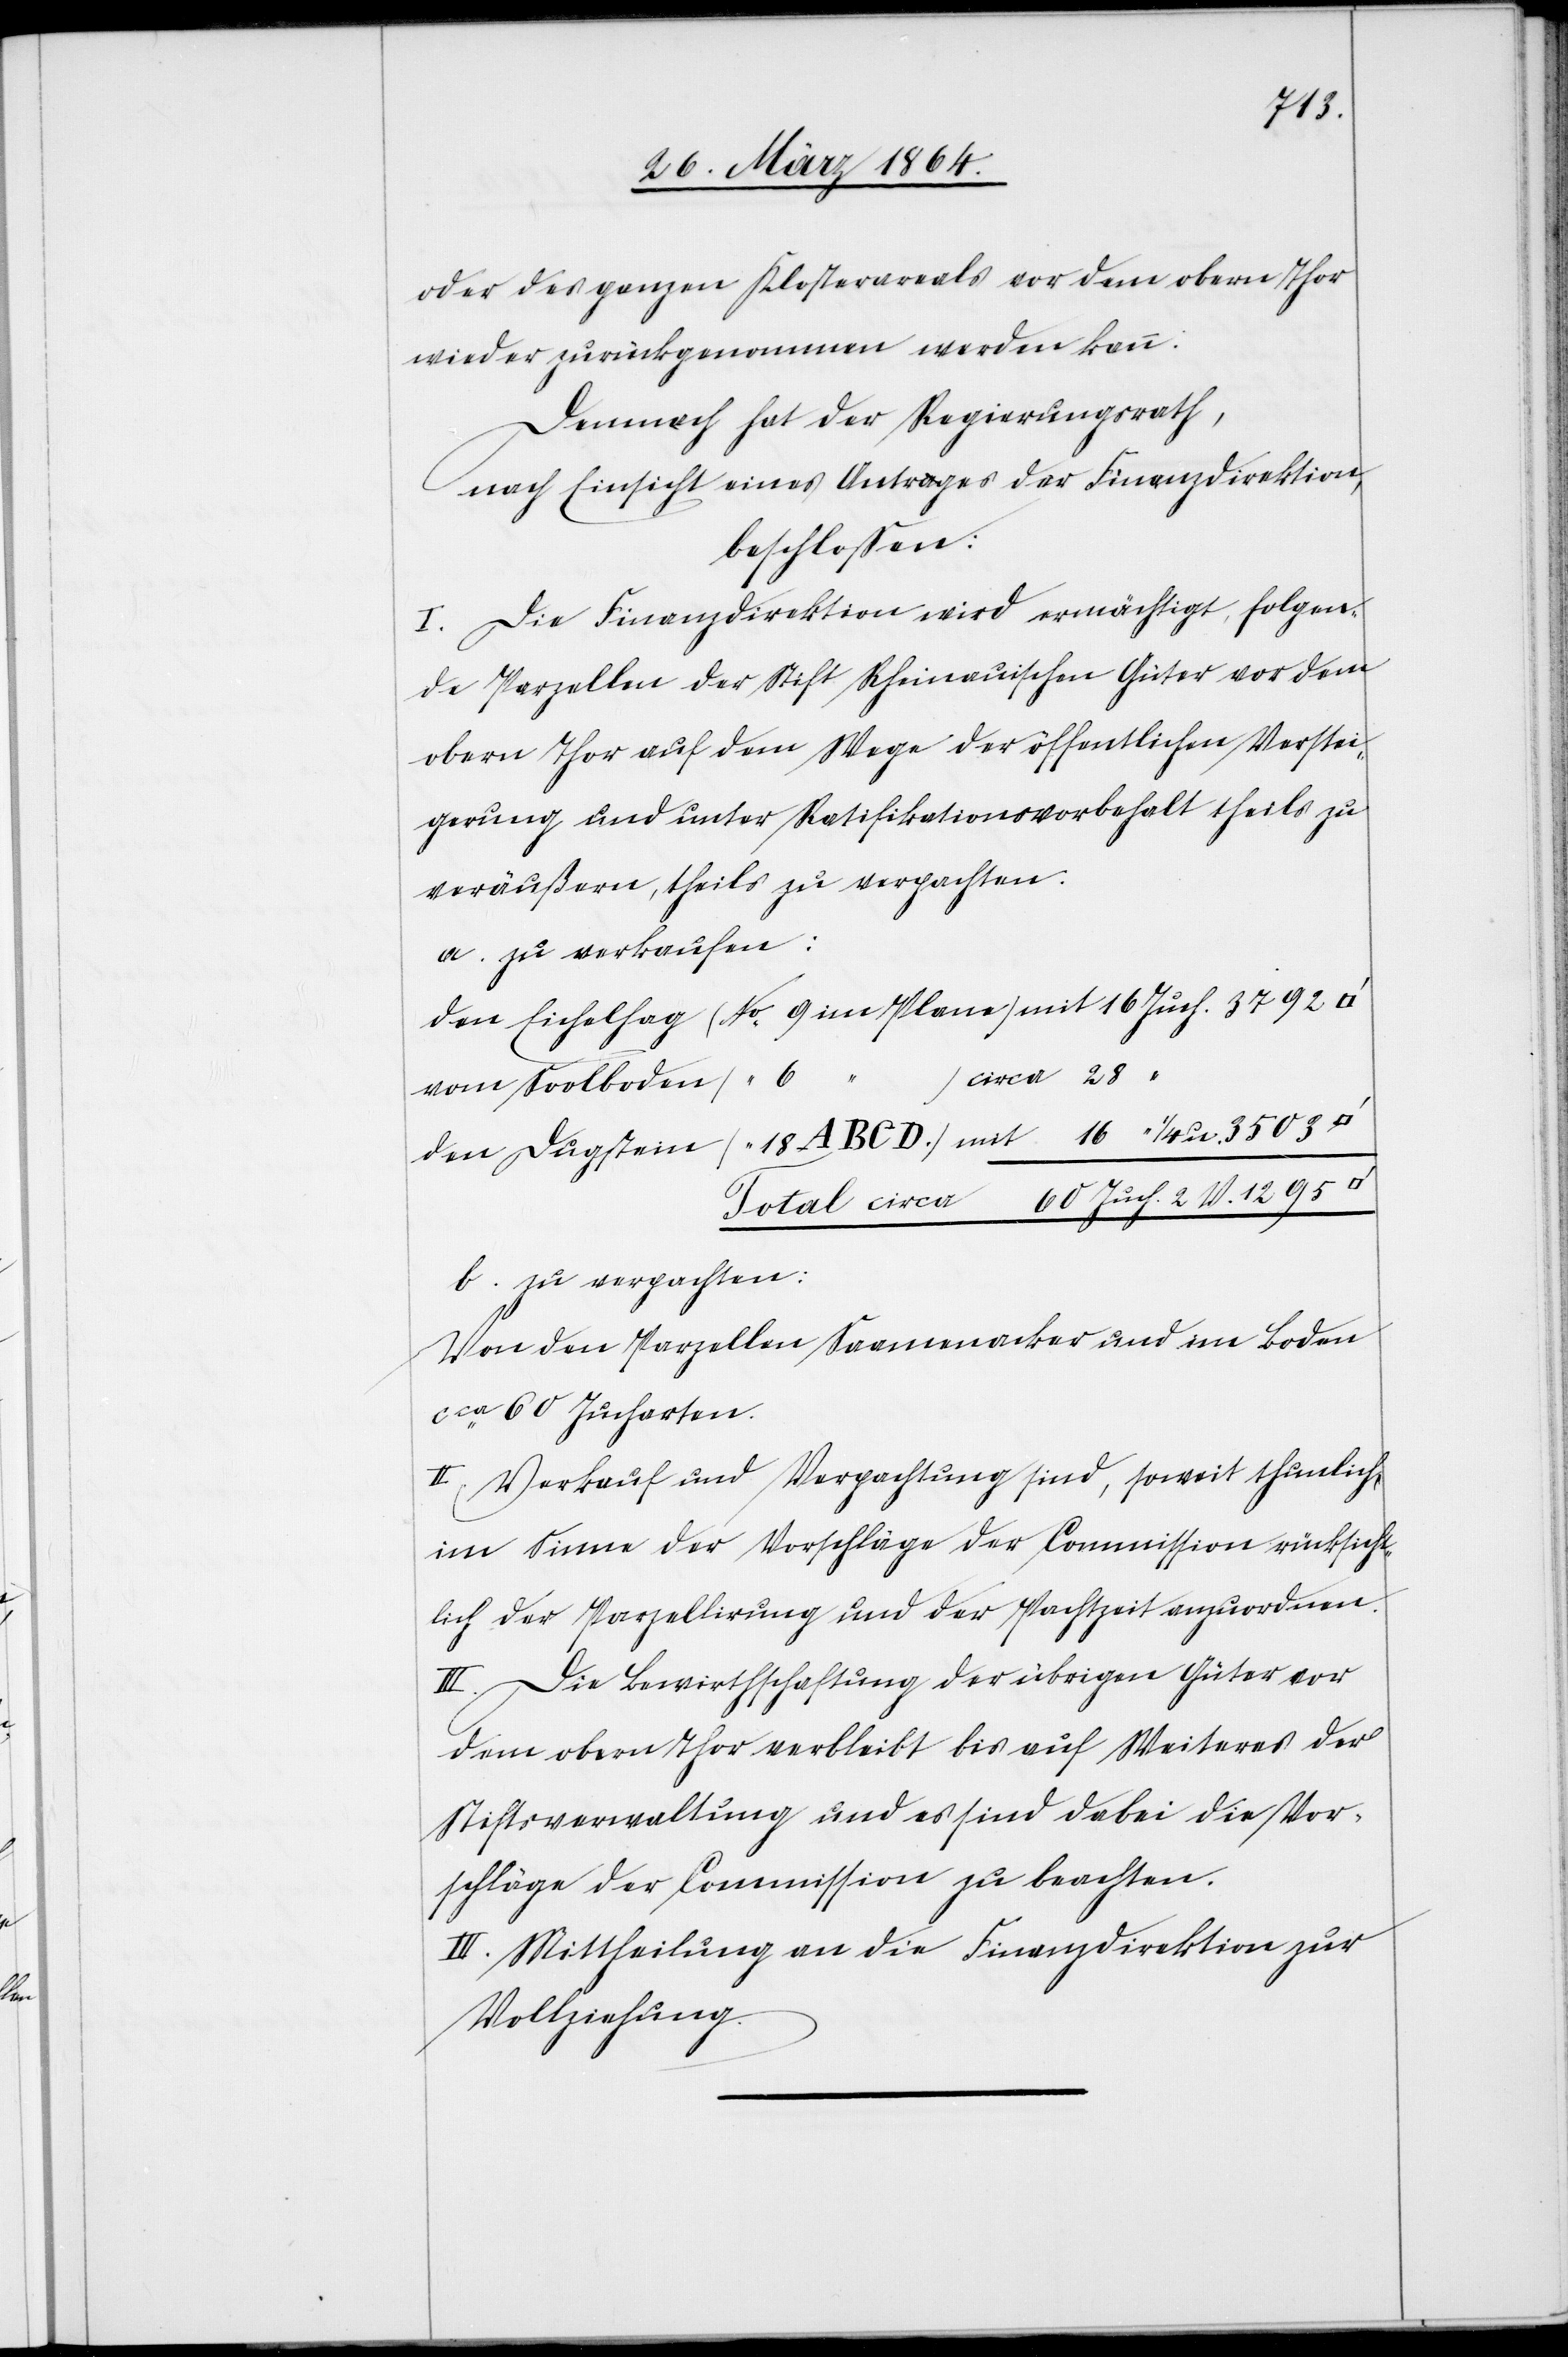
oder des ganzen Klosterareals vor dem obern Thor
wieder zurückgenommen werden kann.
Demnach hat der Regierungsrath,
nach Einsicht eines Antrages der Finanzdirektion,
beschlossen:
I. Die Finanzdirektion wird ermächtigt, folgen¬
de Parzellen der Stift Rheinauischen Güter vor dem
obern Thor auf dem Wege der öffentlichen Verstei¬
gerung und unter Ratifikationsvorbehalt theils zu
veräußern, theils zu verpachten.
a. zu verkaufen:
vom Soolboden
b. zu verpachten:
Von den Parzellen Saamenacker und im Boden
cca 60 Jucharten.
II. Verkauf und Verpachtung sind, soweit thunlich,
im Sinne der Vorschläge der Commission rücksicht¬
lich der Parzellirung und der Pachtzeit anzuordnen.
III. Die Bewirthschaftung der übrigen Güter von
dem obern Thor verbleibt bis auf Weiteres der
Stiftsverwaltung und es sind dabei die Vor¬
schläge der Commission zu beachten.
IV. Mittheilung an die Finanzdirektion zur
Vollziehung.